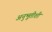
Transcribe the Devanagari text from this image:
अनुभूतीशी